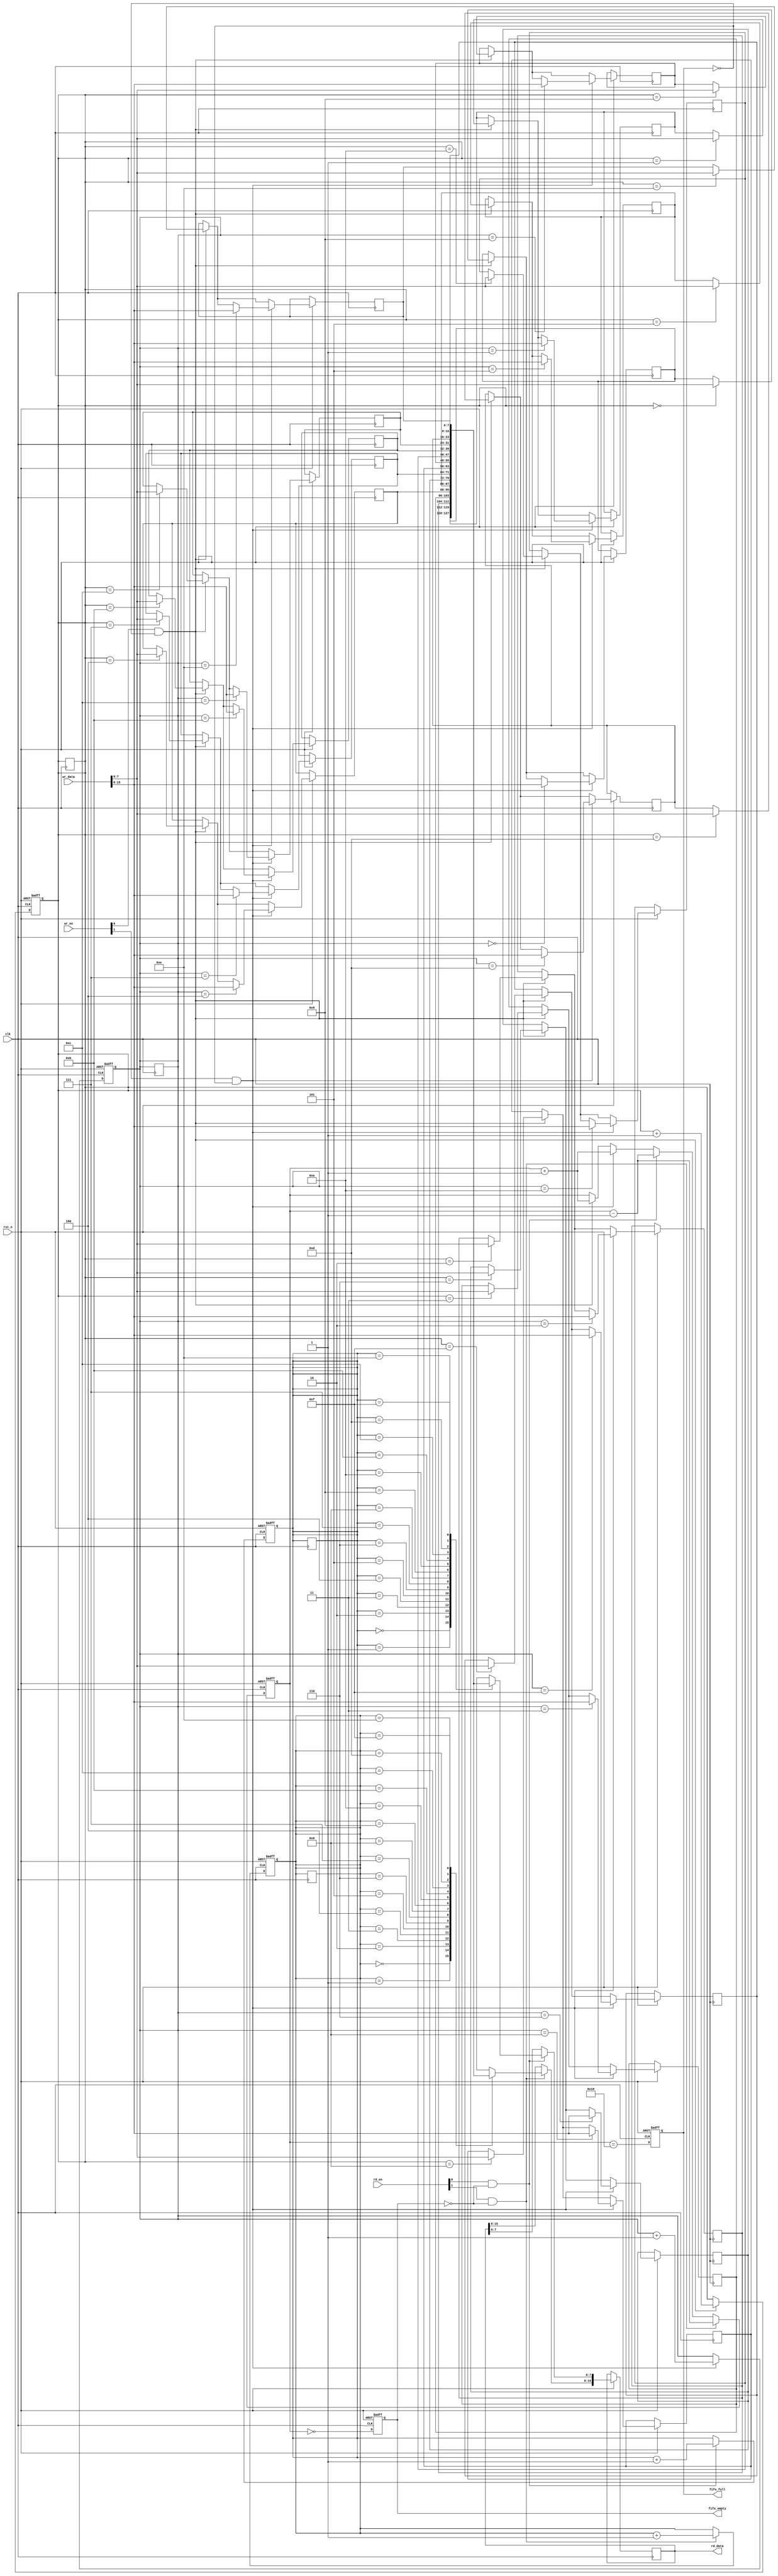
module multiport_fifo #(
    parameter DATA_WIDTH = 8,    // Width of the data
    parameter FIFO_DEPTH = 16,    // Depth of the FIFO
    parameter NUM_WRITE_PORTS = 2, // Number of write ports
    parameter NUM_READ_PORTS = 2   // Number of read ports
)(
    input  wire                            clk,
    input  wire                            rst_n,
    // Write Ports
    input  wire [NUM_WRITE_PORTS-1:0]     wr_en,    // Write enable for each port
    input  wire [NUM_WRITE_PORTS*DATA_WIDTH-1:0] wr_data, // Write data for each port
    // Read Ports
    input  wire [NUM_READ_PORTS-1:0]      rd_en,    // Read enable for each port
    output reg  [NUM_READ_PORTS*DATA_WIDTH-1:0] rd_data, // Read data for each port
    output reg                             fifo_full, // Full flag
    output reg                             fifo_empty  // Empty flag
);

// Memory array
reg [DATA_WIDTH-1:0] fifo_mem [0:FIFO_DEPTH-1];

// Read and Write pointers
reg [$clog2(FIFO_DEPTH)-1:0] wr_ptr [0:NUM_WRITE_PORTS-1];
reg [$clog2(FIFO_DEPTH)-1:0] rd_ptr [0:NUM_READ_PORTS-1];
integer i;

// Number of valid entries in FIFO
reg [$clog2(FIFO_DEPTH+1)-1:0] fifo_count;

// Initialize pointers and counts
always @(posedge clk or negedge rst_n) begin
    if (!rst_n) begin
        for (i = 0; i < NUM_WRITE_PORTS; i = i + 1) begin
            wr_ptr[i] <= 0;
        end
        for (i = 0; i < NUM_READ_PORTS; i = i + 1) begin
            rd_ptr[i] <= 0;
        end
        fifo_count <= 0;
        fifo_full <= 0;
        fifo_empty <= 1;
    end else begin
        // Update FIFO status
        fifo_full <= (fifo_count == FIFO_DEPTH);
        fifo_empty <= (fifo_count == 0);
        
        // Write logic
        for (i = 0; i < NUM_WRITE_PORTS; i = i + 1) begin
            if (wr_en[i] && !fifo_full) begin
                fifo_mem[wr_ptr[i]] <= wr_data[i*DATA_WIDTH +: DATA_WIDTH];
                wr_ptr[i] <= wr_ptr[i] + 1'b1;
                fifo_count <= fifo_count + 1'b1;
            end
        end
        
        // Read logic
        for (i = 0; i < NUM_READ_PORTS; i = i + 1) begin
            if (rd_en[i] && !fifo_empty) begin
                rd_data[i*DATA_WIDTH +: DATA_WIDTH] <= fifo_mem[rd_ptr[i]];
                rd_ptr[i] <= rd_ptr[i] + 1'b1;
                fifo_count <= fifo_count - 1'b1;
            end
        end
    end
end

// Wrap-around behavior for pointer management
always @(posedge clk) begin
    for (i = 0; i < NUM_WRITE_PORTS; i = i + 1) begin
        if (wr_ptr[i] == FIFO_DEPTH) begin
            wr_ptr[i] <= 0;
        end
    end
    for (i = 0; i < NUM_READ_PORTS; i = i + 1) begin
        if (rd_ptr[i] == FIFO_DEPTH) begin
            rd_ptr[i] <= 0;
        end
    end
end

endmodule